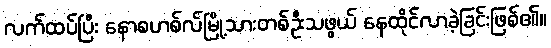
လက်ထပ်ပြီး နောစဟစ်လ်မြို့သားတစ်ဦးသဖွယ် နေထိုင်လာခဲ့ခြင်းဖြစ်၏။